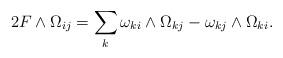
LaTeX: \begin{align*}2 F \wedge \Omega_{ij}=\sum_k \omega_{ki}\wedge \Omega_{kj} - \omega_{kj}\wedge \Omega_{ki}.\end{align*}